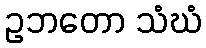
ဥဘတော သံဃံ